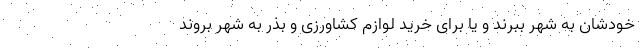
خودشان به شهر ببرند و یا برای خرید لوازم کشاورزی و بذر به شهر بروند